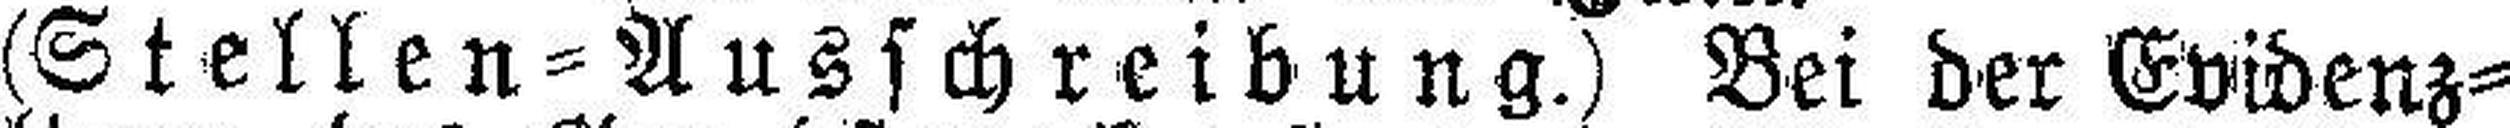
(Stellen = Ausschreibung.) Bei der Evidenz¬